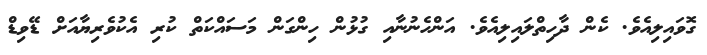
ގޮވައިލިއެވެ. ކެން ދާހިތްލައިލިއެވެ. އަންހެނުނާއި ގުޅުން ހިންގަން މަސައްކަތް ކުރި އެކުވެރިޔާއަށް ޑޭވިޑް